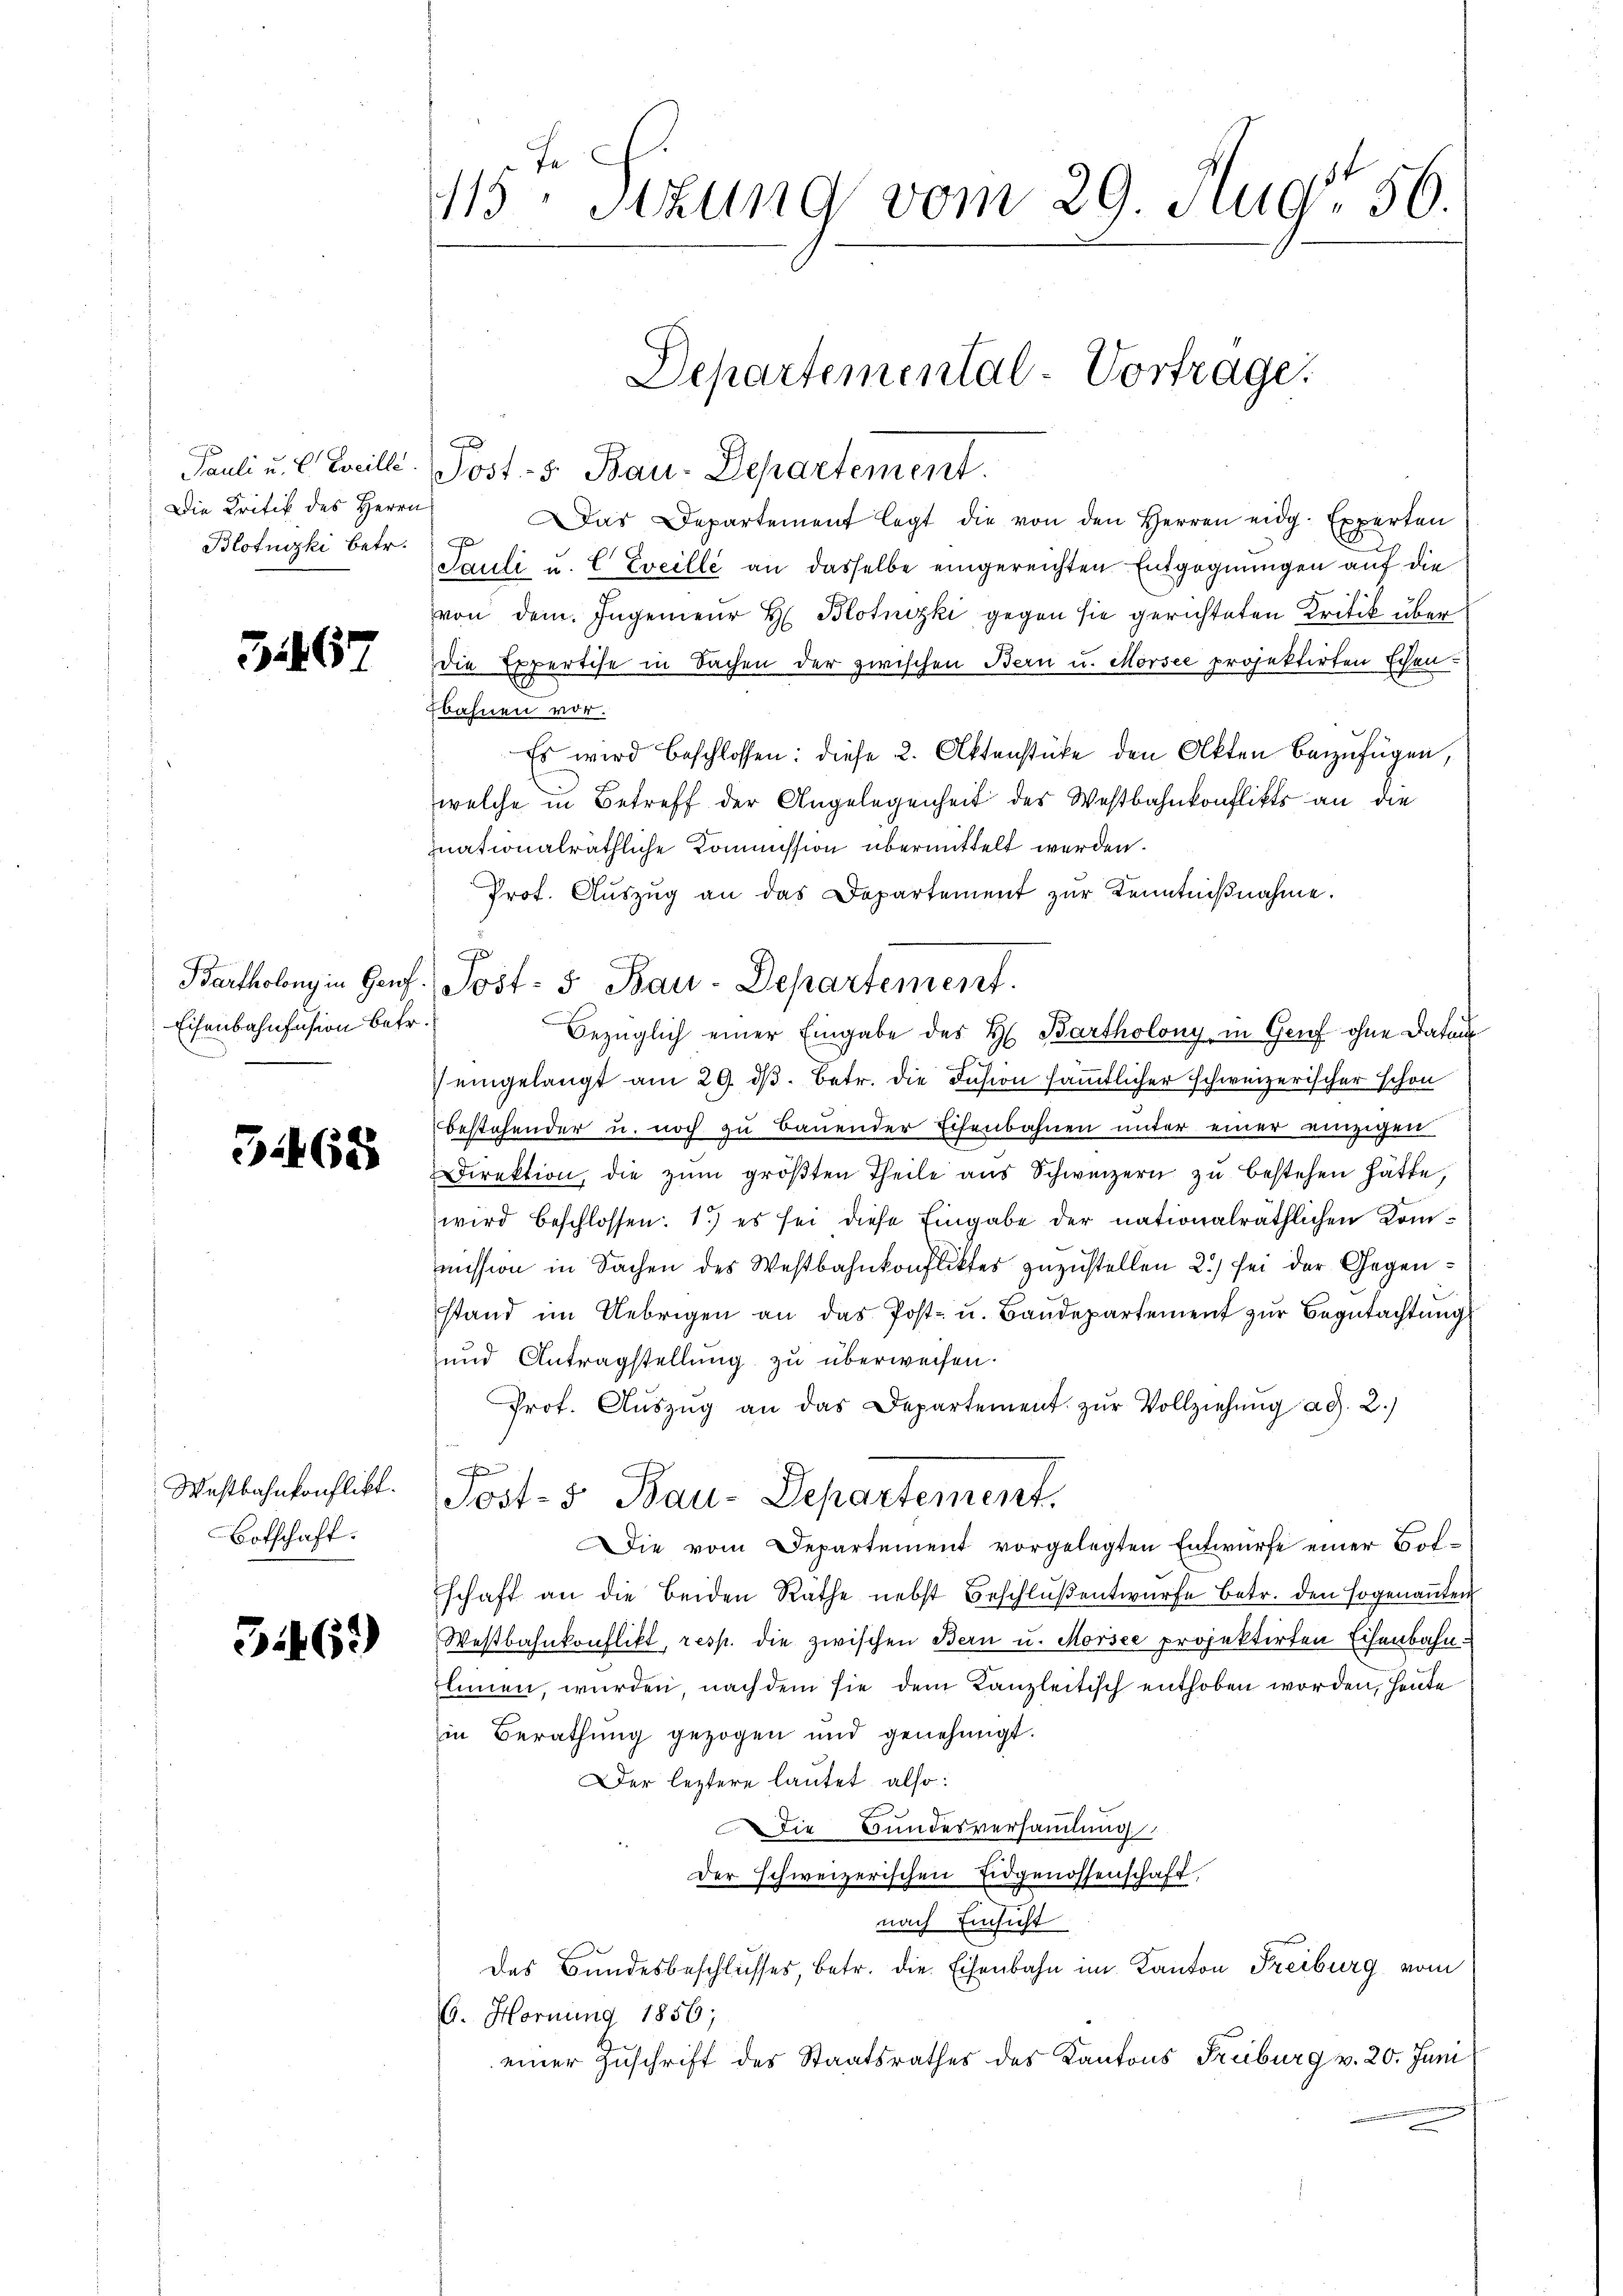
Pauli u. L. Cocille
Die Kritik des Herrn
Blotnizki betr.

311. 67

Bartholong in Genf
Eisenbahnfasion betr.

51468

Westbahnkonflikt.
Botschaft.

546)

d
115. Sitzung vom 29. Aug. 56.

Das Departement legt die von den Herren eidg. Experten
J
Pauli u. C Eveille an dasselbe eingereichten Entgegnungen auf die
von dem Ingenieur H Blotnizki gegen sie gerichteten Kritik überdie Expertise in Sachen der zwischen Bern u. Morsee projektirten Echenbahnen vor.
Es wird beschlossen: diese 2. Aktenstücke den Akten Bezufügen,
welche in Betreff der Angelegenheit des Westbahnkonflikts an die
inationalräthliche Kommission übermittelt werden.
Prot. Auszug an das Departement zur Kenntniβnahme.
Bezüglich einer Eingabe des H. Bartholony in Genf ohne Datum
eingelangt am 29. dβ. betr. die Insion sämmtlicher schweizerischer schon
bestehender u. noch zu bauender Eisenbahnen unter einer einzigen
direktion, die zŭm größten Theile aus Schweizern zu bestehen hätte,
wird beschlossen: 1.) es sei diese Eingabe der nationalräthlichen Kommission in Sachen des Westbahnkonfliktes zuzustellen 2) sei der Gegenstand im Uebrigen an das Post- u. Baudepartement zur Begutachtungs
und Antragstellung zu überweisen.
Prof. Aŭszŭg an das Departement zŭr Vollziehŭng ad 2.)
.
x
Post- u Bau-Departement.
Die vom Departement vorgelegten Entwurfe einer Bolschaft an die beiden Räthe nebst Beschlŭβentwurfe betr. den sogenanten
Westbahnkonflikt, resp. die zwischen Bern u. Morsee projektirten Eisenbahn¬
Ehmen, wurden, nach dem sie dem Kanzleitisch enthoben worden, heute
in Berathung gezogen und genehmigt.
Der leztere lautet also:
Die Bundesversammlung
Der schweizerischen Eidgenossenschaft
nach Einsicht
des Bundesbeschlusses betr. die Eisenbahn im Kanton Freiburg vom
G. Hornung 1856;
einer Zuschrift der Staatsrathes des Kantons Freiburg v. 20. Juni

Departemental-Vortrage.
Post- u. Bau-Departement.

Post: 5. Bau-Departement.